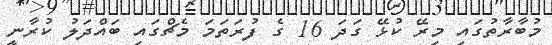
މުބާރާތުގައި މިރޭ ކުޅޭ ގަދަ 16 ގެ ފުރަތަމަ މެޗްގައި ބައްދަލު ކުރާނީ